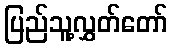
ပြည်သူ့လွှတ်တော်